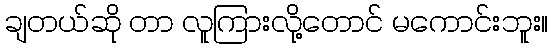
ချတယ်ဆို တာ လူကြားလို့တောင် မကောင်းဘူး။